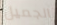
الجميل